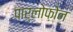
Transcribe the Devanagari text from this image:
पार्लोफ़ोन